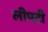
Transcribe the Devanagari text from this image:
लीपटी